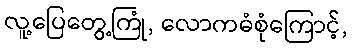
လူ့ပြေတွေ့ကြုံ, လောကဓံစုံကြောင့်,